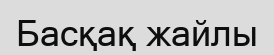
Басқақ жайлы